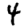
Digit: 4